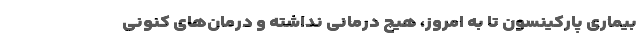
بیماری پارکینسون تا به امروز، هیچ درمانی نداشته و درمان‌های کنونی